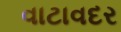
વાટાવદર